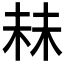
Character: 𬂧